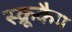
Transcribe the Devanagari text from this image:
स्क्रूकैप